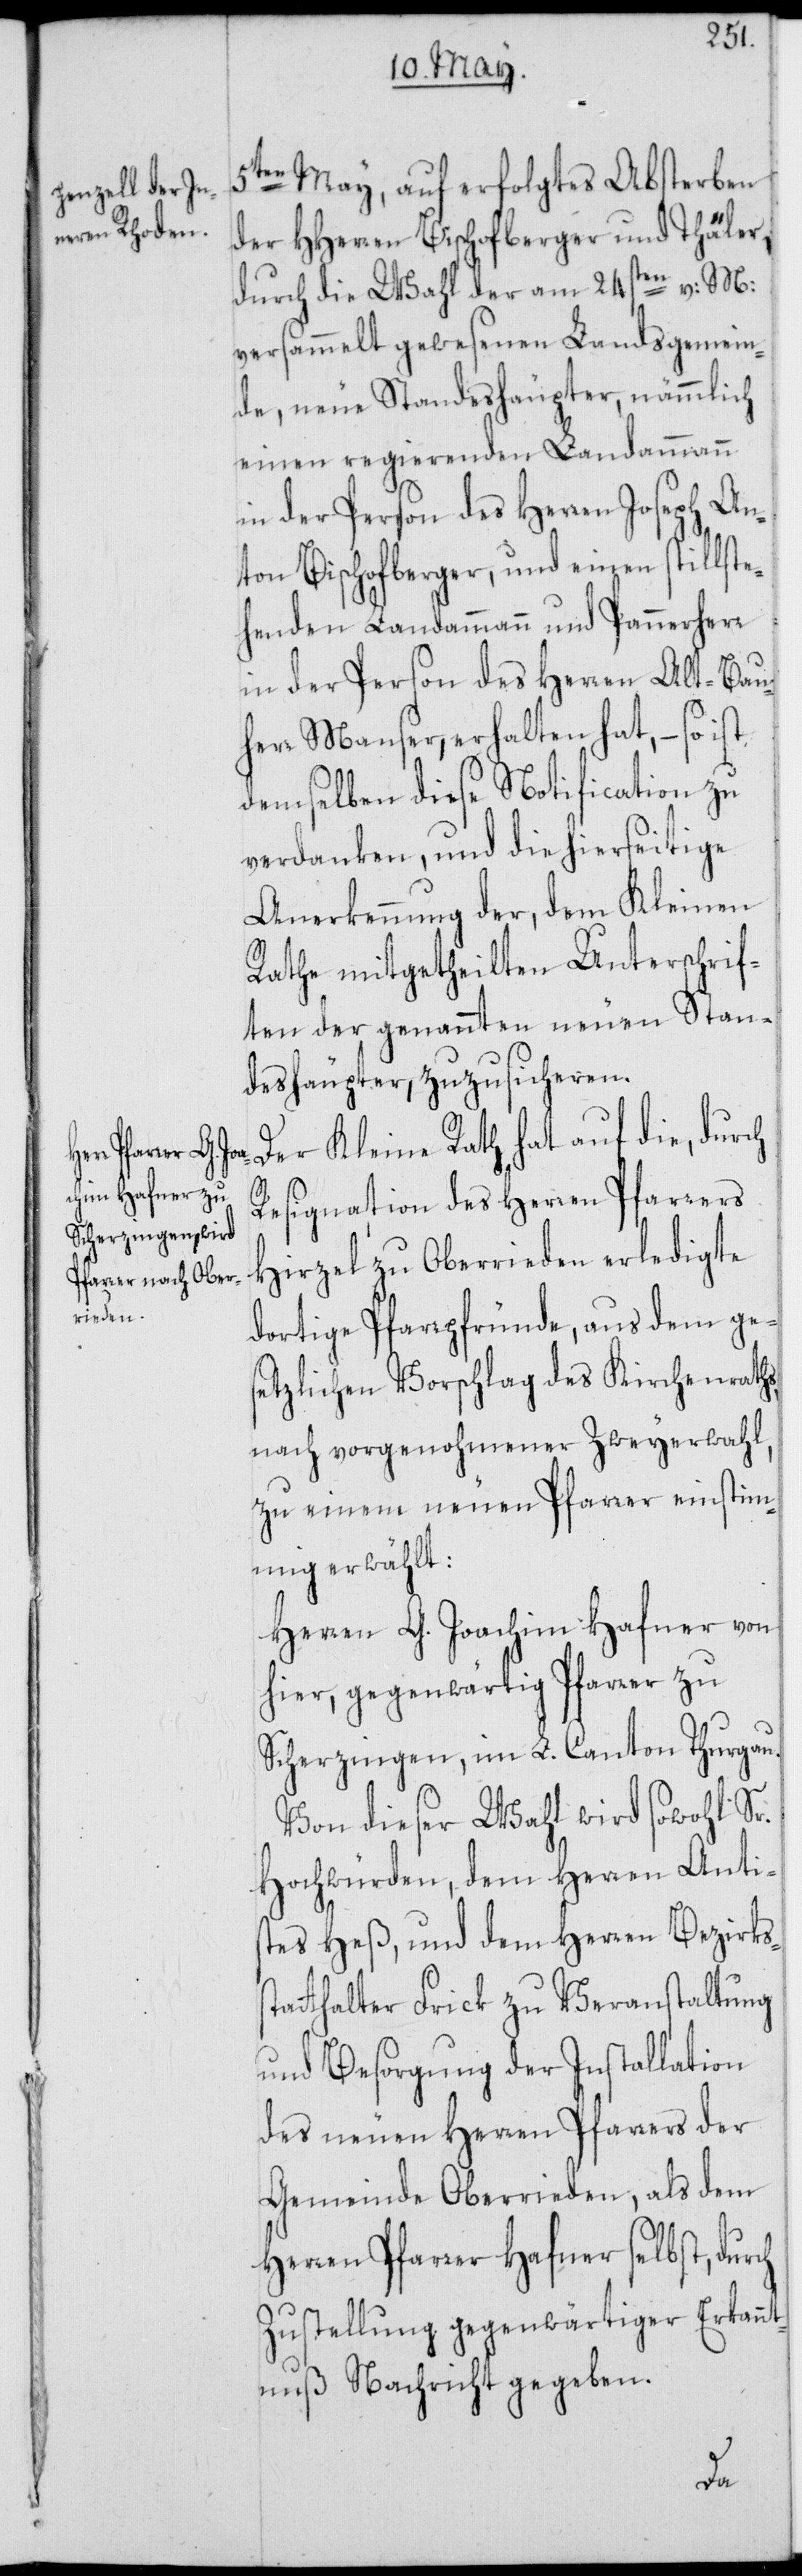
5ten May, auf erfolgtes Absterben
der HHerren Bischofberger und Thäler,
durch die Wahl der am 24sten v: M:
versammelt gewesenen Landsgemein¬
de, neue Standeshäupter, nämmlich
einen regierenden Landammann
in der Person des Herren Joseph An¬
ton Bischofberger, und einen stillste¬
henden Landammann und Pannerherr
der Person des Herren Alt-Bau¬
herr Manser, erhalten hat, – so ist
demselben diese Notification zu
verdanken, und die hierseitige
Anerkennung der, dem Kleinen
Rathe mitgetheilten Unterschrif¬
ten der genannten neuen Stan¬
deshäupter, zuzusicheren.
Der Kleine Rath hat auf die, durch
Resignation des Herren Pfarrers
Hirzel zu Oberrieden erledigte
dortige Pfarrpfründe, aus dem ge¬
setzlichen Vorschlag des Kirchenraths,
nach vorgenohmener Zweyerwahl,
zu einem neuen Pfarrer einstimm¬
ig erwählt:
Herren G. Joachim Hafner von
hier, gegenwärtig Pfarrer zu
Scherzingen, im L. Canton Thurgau.
Von dieser Wahl wird sowohl Sr.
Hochwürden, dem Herren Antis¬
tes Heß, und dem Herren Bezirks¬
tthalter Frick zu Veranstaltung
und Besorgung der Installation
des neuen Herren Pfarrers der
Gemeinde Oberrieden, als dem
Herren Pfarrer Hafner selbst, durch
Zustellung gegenwärtiger Erkann¬
tnuß Nachricht gegeben.
sta¬